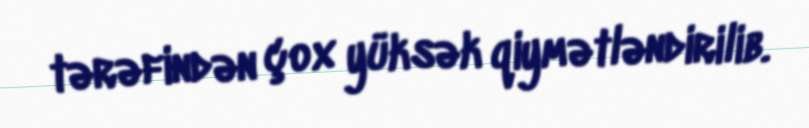
tərəfindən çox yüksək qiymətləndirilib.